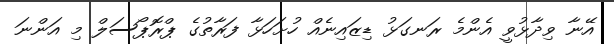
އޭނާ ވިދާޅުވީ އެންމެ ރަނގަޅު ޑިޒައިނެއް ހުށަހަޅާ ފަރާތުގެ ޕްރޮޕޯސަލް މި އަންނަ